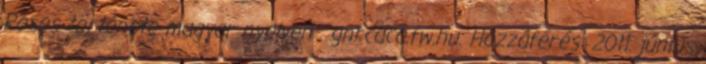
Roses története magyar nyelven . gnrcaca.fw.hu. Hozzáférés: 2011. június